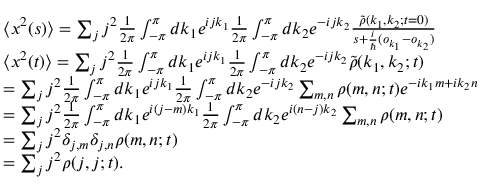
\begin{array} { r l } & { \langle x ^ { 2 } ( s ) \rangle = \sum _ { j } j ^ { 2 } \frac { 1 } { 2 \pi } \int _ { - \pi } ^ { \pi } d k _ { 1 } e ^ { i j k _ { 1 } } \frac { 1 } { 2 \pi } \int _ { - \pi } ^ { \pi } d k _ { 2 } e ^ { - i j k _ { 2 } } \frac { \tilde { \rho } ( k _ { 1 } , k _ { 2 } ; t = 0 ) } { s + \frac { i } { \hbar } ( o _ { k _ { 1 } } - o _ { k _ { 2 } } ) } } \\ & { \langle x ^ { 2 } ( t ) \rangle = \sum _ { j } j ^ { 2 } \frac { 1 } { 2 \pi } \int _ { - \pi } ^ { \pi } d k _ { 1 } e ^ { i j k _ { 1 } } \frac { 1 } { 2 \pi } \int _ { - \pi } ^ { \pi } d k _ { 2 } e ^ { - i j k _ { 2 } } \tilde { \rho } ( k _ { 1 } , k _ { 2 } ; t ) } \\ & { = \sum _ { j } j ^ { 2 } \frac { 1 } { 2 \pi } \int _ { - \pi } ^ { \pi } d k _ { 1 } e ^ { i j k _ { 1 } } \frac { 1 } { 2 \pi } \int _ { - \pi } ^ { \pi } d k _ { 2 } e ^ { - i j k _ { 2 } } \sum _ { m , n } \rho ( m , n ; t ) e ^ { - i k _ { 1 } m + i k _ { 2 } n } } \\ & { = \sum _ { j } j ^ { 2 } \frac { 1 } { 2 \pi } \int _ { - \pi } ^ { \pi } d k _ { 1 } e ^ { i ( j - m ) k _ { 1 } } \frac { 1 } { 2 \pi } \int _ { - \pi } ^ { \pi } d k _ { 2 } e ^ { i ( n - j ) k _ { 2 } } \sum _ { m , n } \rho ( m , n ; t ) } \\ & { = \sum _ { j } j ^ { 2 } \delta _ { j , m } \delta _ { j , n } \rho ( m , n ; t ) } \\ & { = \sum _ { j } j ^ { 2 } \rho ( j , j ; t ) . } \end{array}